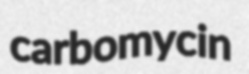
carbomycin